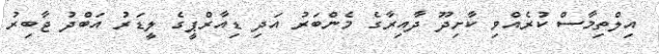
އިލްތިމާސް ކުރެއްވި ކާށިދޫ ދާއިރާގެ މެންބަރު އަދި ޑިއާރްޕީގެ ލީޑަރު އަބްދު ޖާބިރު